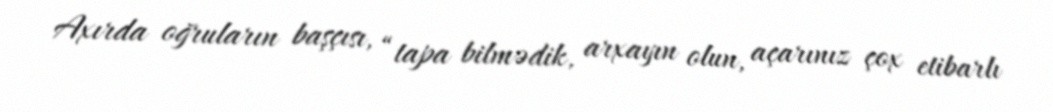
Axırda oğruların başçısı, “tapa bilmədik, arxayın olun, açarınız çox etibarlı